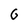
Character: G